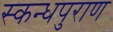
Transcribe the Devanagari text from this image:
स्कन्धपुराण